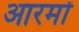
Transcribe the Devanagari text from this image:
आरमों